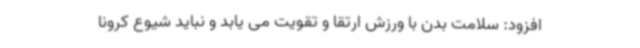
افزود: سلامت بدن با ورزش ارتقا و تقویت می یابد و نباید شیوع کرونا